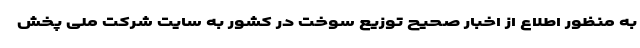
به منظور اطلاع از اخبار صحیح توزیع سوخت در کشور به سایت شرکت ملی پخش